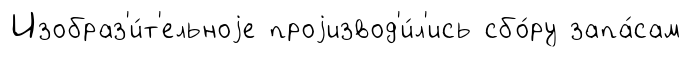
Изобраз'и́т'ельноjе проjизвод'и́л'ись сбо́ру запа́сам